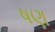
ષણ